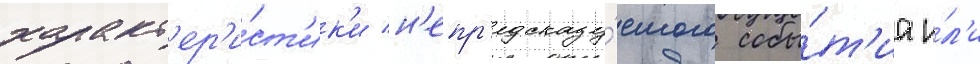
характ'ер'и́ст'ик'и н'епр'едсказу́емого собы́т'иа и́л'и